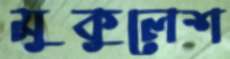
মুকুলেশ